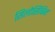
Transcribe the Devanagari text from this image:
सिलोसिबिन